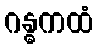
ဂန္ဓကထံ